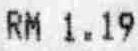
RM 1.19